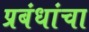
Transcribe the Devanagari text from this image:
प्रबंधांचा